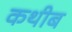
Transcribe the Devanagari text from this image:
कथीब